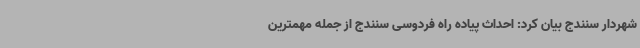
شهردار سنندج بیان کرد: احداث پیاده راه فردوسی سنندج از جمله مهمترین